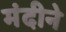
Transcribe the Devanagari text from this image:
मंदीने